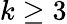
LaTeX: k\geq 3